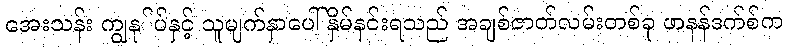
အေးသန်း ကျွနု်ပ်နှင့် သူမျက်နှာပေါ် နှိမ်နင်းရသည် အချစ်ဇာတ်လမ်းတစ်ခု ဖာနန်ဒက်စ်က